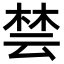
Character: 𪲡